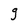
Character: g